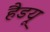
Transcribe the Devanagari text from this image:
हैडयू